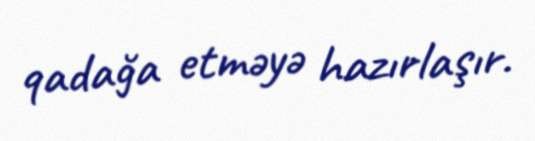
qadağa etməyə hazırlaşır.